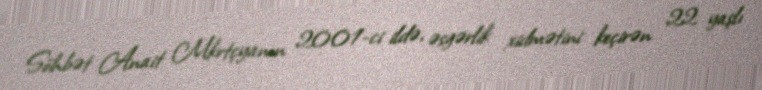
Söhbət Anait Mkrtçyanın 2001-ci ildə, əsgərlik xidmətini keçirən 22 yaşlı